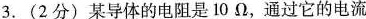
3.(2分)某导体的电阻是10Ω，通过它的电流